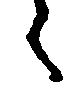
々